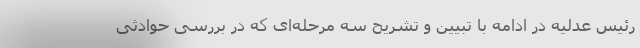
رئیس عدلیه در ادامه با تبیین و تشریح سه مرحله‌ای که در بررسی حوادثی